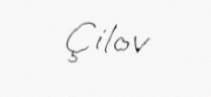
Çilov